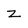
Character: z